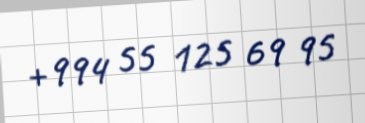
+994 55 125 69 95